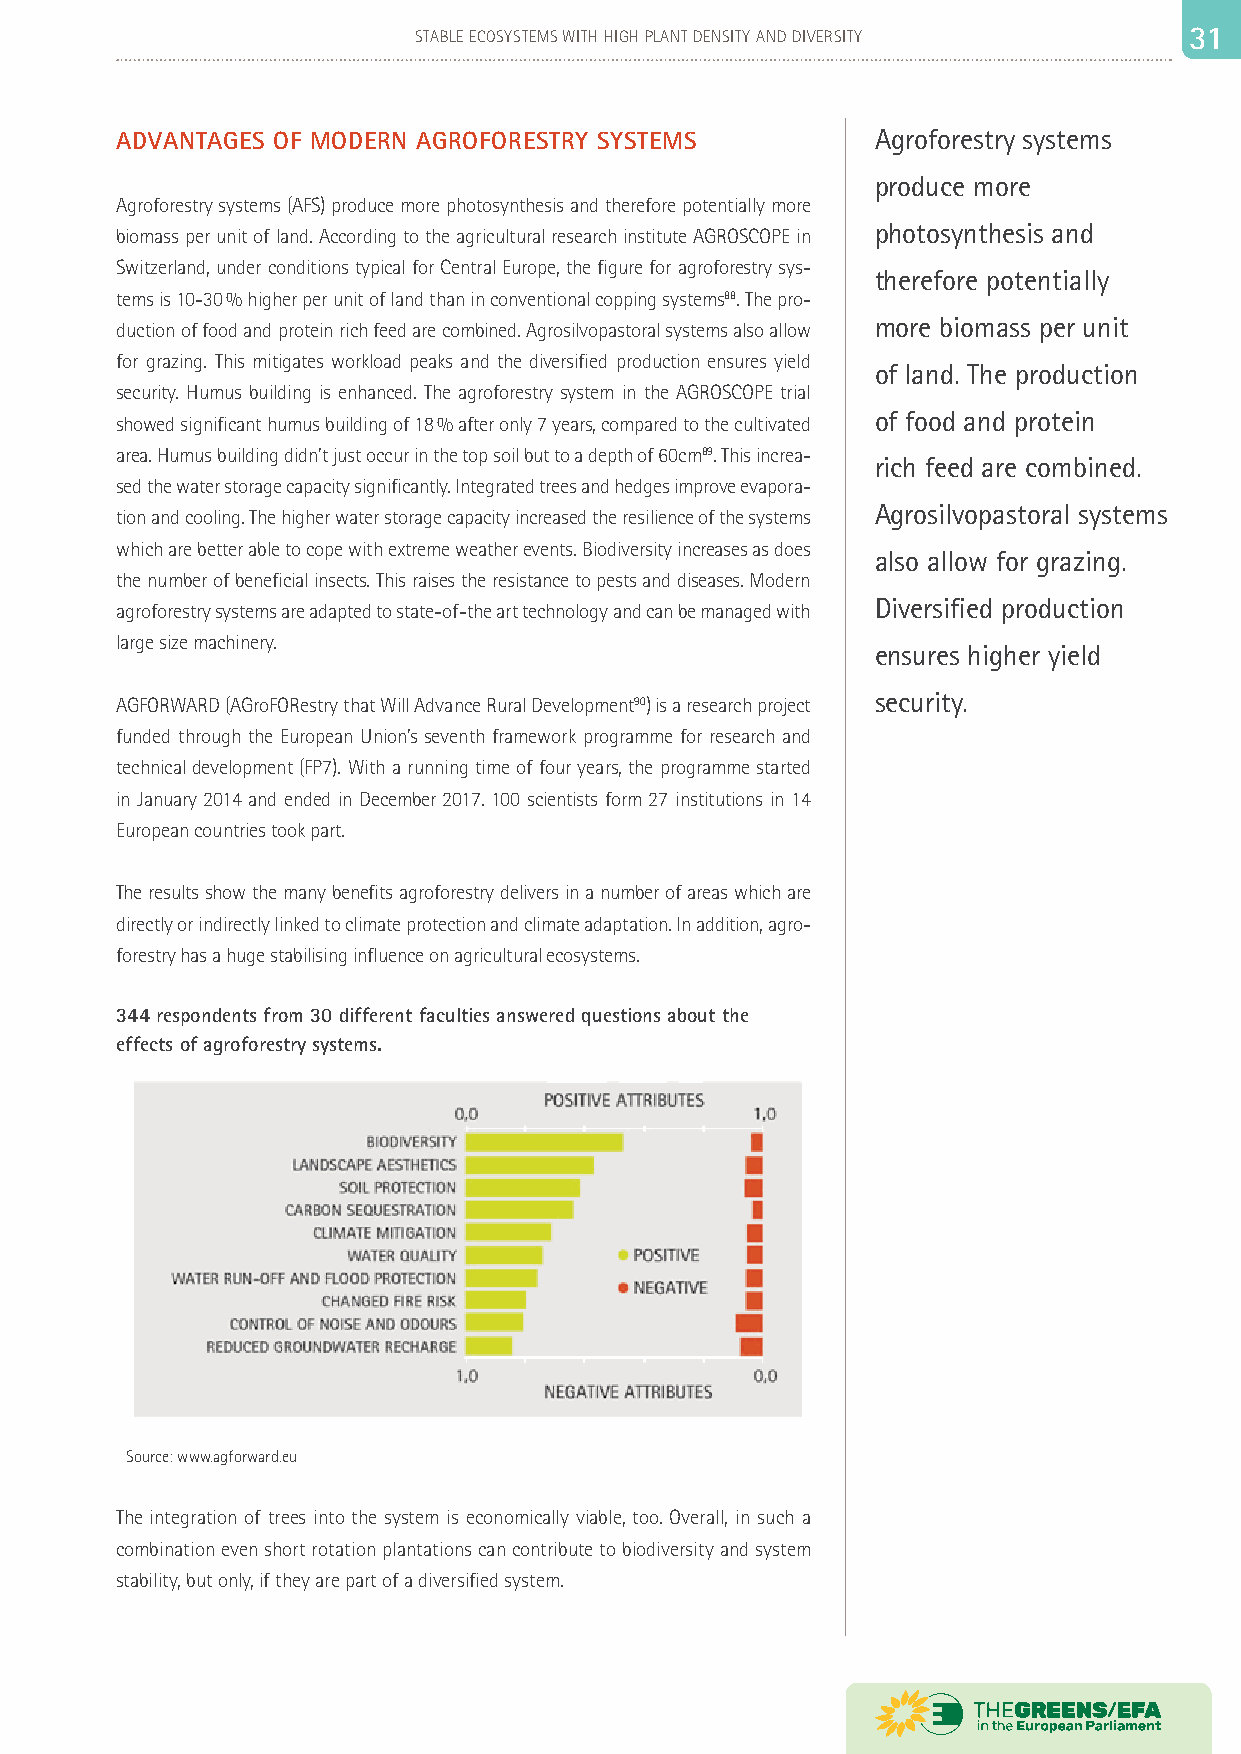
30                         STABLE ECOSYSTEMS WITH HIGH PLANT DENSITY AND DIVERSITY 33 11
 ADVANTAGES OF MODERN AGROFORESTRY SYSTEMS         Agroforestry systems
 produce more
 Agroforestry systems (AFS) produce more photosynthesis and therefore potentially more
 photosynthesis and
 biomass per unit of land. According to the agricultural research institute AGROSCOPE in
 Switzerland, under conditions typical for Central Europe, the figure for agroforestry sys-
 therefore potentially
 tems is 10-30 % higher per unit of land than in conventional copping systems88. The pro-
 more biomass per unit
 duction of food and protein rich feed are combined. Agrosilvopastoral systems also allow
 for grazing. This mitigates workload peaks and the diversified production ensures yield
 of land. The production
 security. Humus building is enhanced. The agroforestry system in the AGROSCOPE trial
 of food and protein
 showed significant humus building of 18 % after only 7 years, compared to the cultivated
 area. Humus building didn’t just occur in the top soil but to a depth of 60cm89. This increa-
 rich feed are combined.
 sed the water storage capacity significantly. Integrated trees and hedges improve evapora-
 Agrosilvopastoral systems
 tion and cooling. The higher water storage capacity increased the resilience of the systems
 which are better able to cope with extreme weather events. Biodiversity increases as does
 also allow for grazing.
 the number of beneficial insects. This raises the resistance to pests and diseases. Modern
 Diversified production
 agroforestry systems are adapted to state-of-the art technology and can be managed with
 large size machinery.
 ensures higher yield
 AGFORWARD (AGroFORestry that Will Advance Rural Development90) is a research project security.
 funded through the European Union’s seventh framework programme for research and
 technical development (FP7). With a running time of four years, the programme started
 in January 2014 and ended in December 2017. 100 scientists form 27 institutions in 14
 European countries took part.
 The results show the many benefits agroforestry delivers in a number of areas which are
 directly or indirectly linked to climate protection and climate adaptation. In addition, agro-
 forestry has a huge stabilising influence on agricultural ecosystems.
 344 respondents from 30 different faculties answered questions about the
 effects of agroforestry systems.
 Source: www.agforward.eu
 The integration of trees into the system is economically viable, too. Overall, in such a
 combination even short rotation plantations can contribute to biodiversity and system
 stability, but only, if they are part of a diversified system.